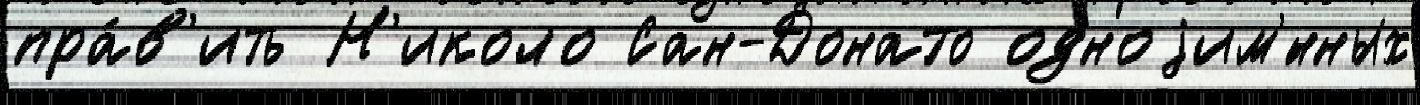
пра́в'ить Н'иколо Сан-Донато одноjим'́нных